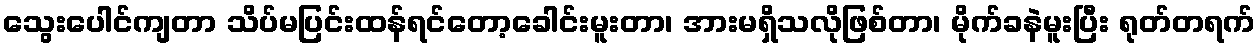
သွေးပေါင်ကျတာ သိပ်မပြင်းထန်ရင်တော့ခေါင်းမူးတာ၊ အားမရှိသလိုဖြစ်တာ၊ မိုက်ခနဲမူးပြီး ရုတ်တရက်